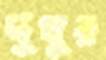
দুখুর